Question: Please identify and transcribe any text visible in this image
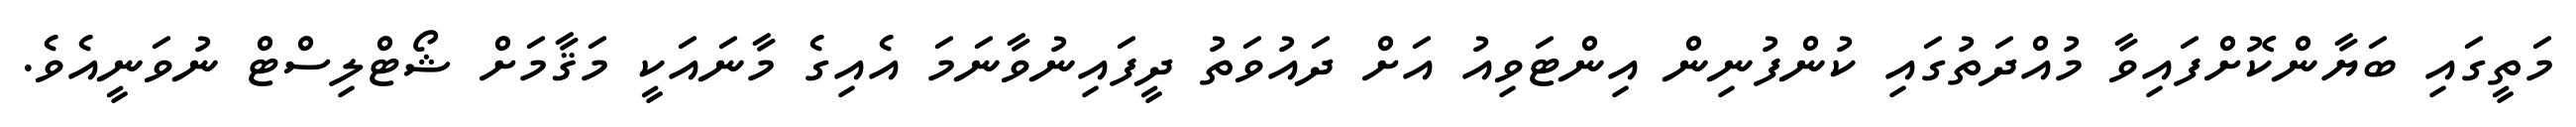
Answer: މަތީގައި ބަޔާންކޮށްފައިވާ މުއްދަތުގައި ކުންފުނިން އިންޓަވިއު އަށް ދައުވަތު ދީފައިނުވާނަމަ އެއިގެ މާނައަކީ މަޤާމަށް ޝޯޓްލިސްޓް ނުވަނީއެވެ.